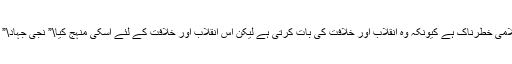
تنظیم اسلامی خطرناک ہے کیونکہ وہ انقلاب اور خلافت کی بات کرتی ہے لیکن اس انقلاب اور خلافت کے لئے اسکی منہج کیا\” نجی جہاد\” کی ہے؟